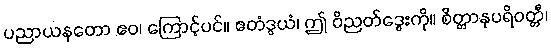
ပညာယနတော ဧဝ၊ ကြောင့်ပင်။ ဧတံဒွယံ၊ ဤ ဝိညတ်ဒွေးကို။ စိတ္တာနုပရိဝတ္တီ၊